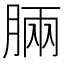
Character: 𣍷